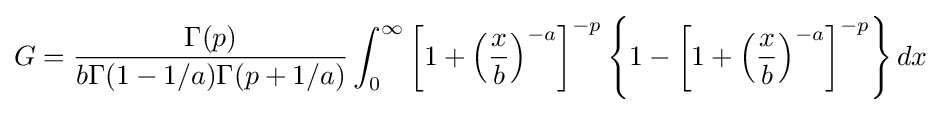
G={\frac {\Gamma (p)}{b\Gamma (1-1/a)\Gamma (p+1/a)}}\int _{0}^{\infty }\left[1+\left({\frac {x}{b}}\right)^{-a}\right]^{-p}\left\{1-\left[1+\left({\frac {x}{b}}\right)^{-a}\right]^{-p}\right\}dx